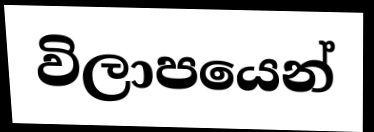
විලාපයෙන්